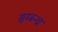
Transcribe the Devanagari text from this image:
सम्ब्न्ध